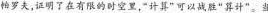
帕罗夫，证明了在有限的时空里，"计算”可以战胜”算计”。当